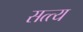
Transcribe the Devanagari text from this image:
सत्त्य